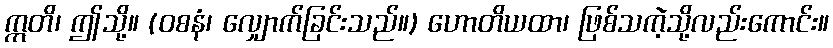
ဣတိ၊ ဤသို့။ (ဝစနံ၊ လျှောက်ခြင်းသည်။) ဟောတိယထာ၊ ဖြစ်သကဲ့သို့လည်းကောင်း။